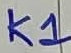
Text: K1